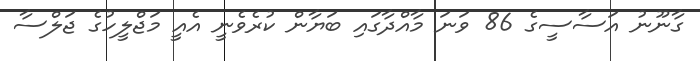
ގާނޫނު އަސާސީގެ 86 ވަނަ މާއްދާގައި ބަޔާން ކުރެވެނީ އެއީ މަޖްލީހުގެ ޖަލްސާ